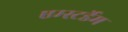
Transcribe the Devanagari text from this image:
एम्स्टर्डेम